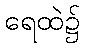
ရေထဲ၌